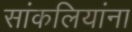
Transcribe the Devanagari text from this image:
सांकलियांना